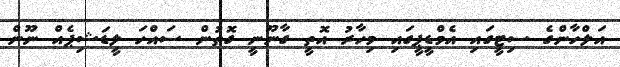
އަލްހާންގެ ސިޓީގައި އެމްޑީޕީގައި މިހާރު އޮތީ ގާނޫނީ ގޮތުން ސައްހަ ލީޑަޝިޕެއް ނޫން